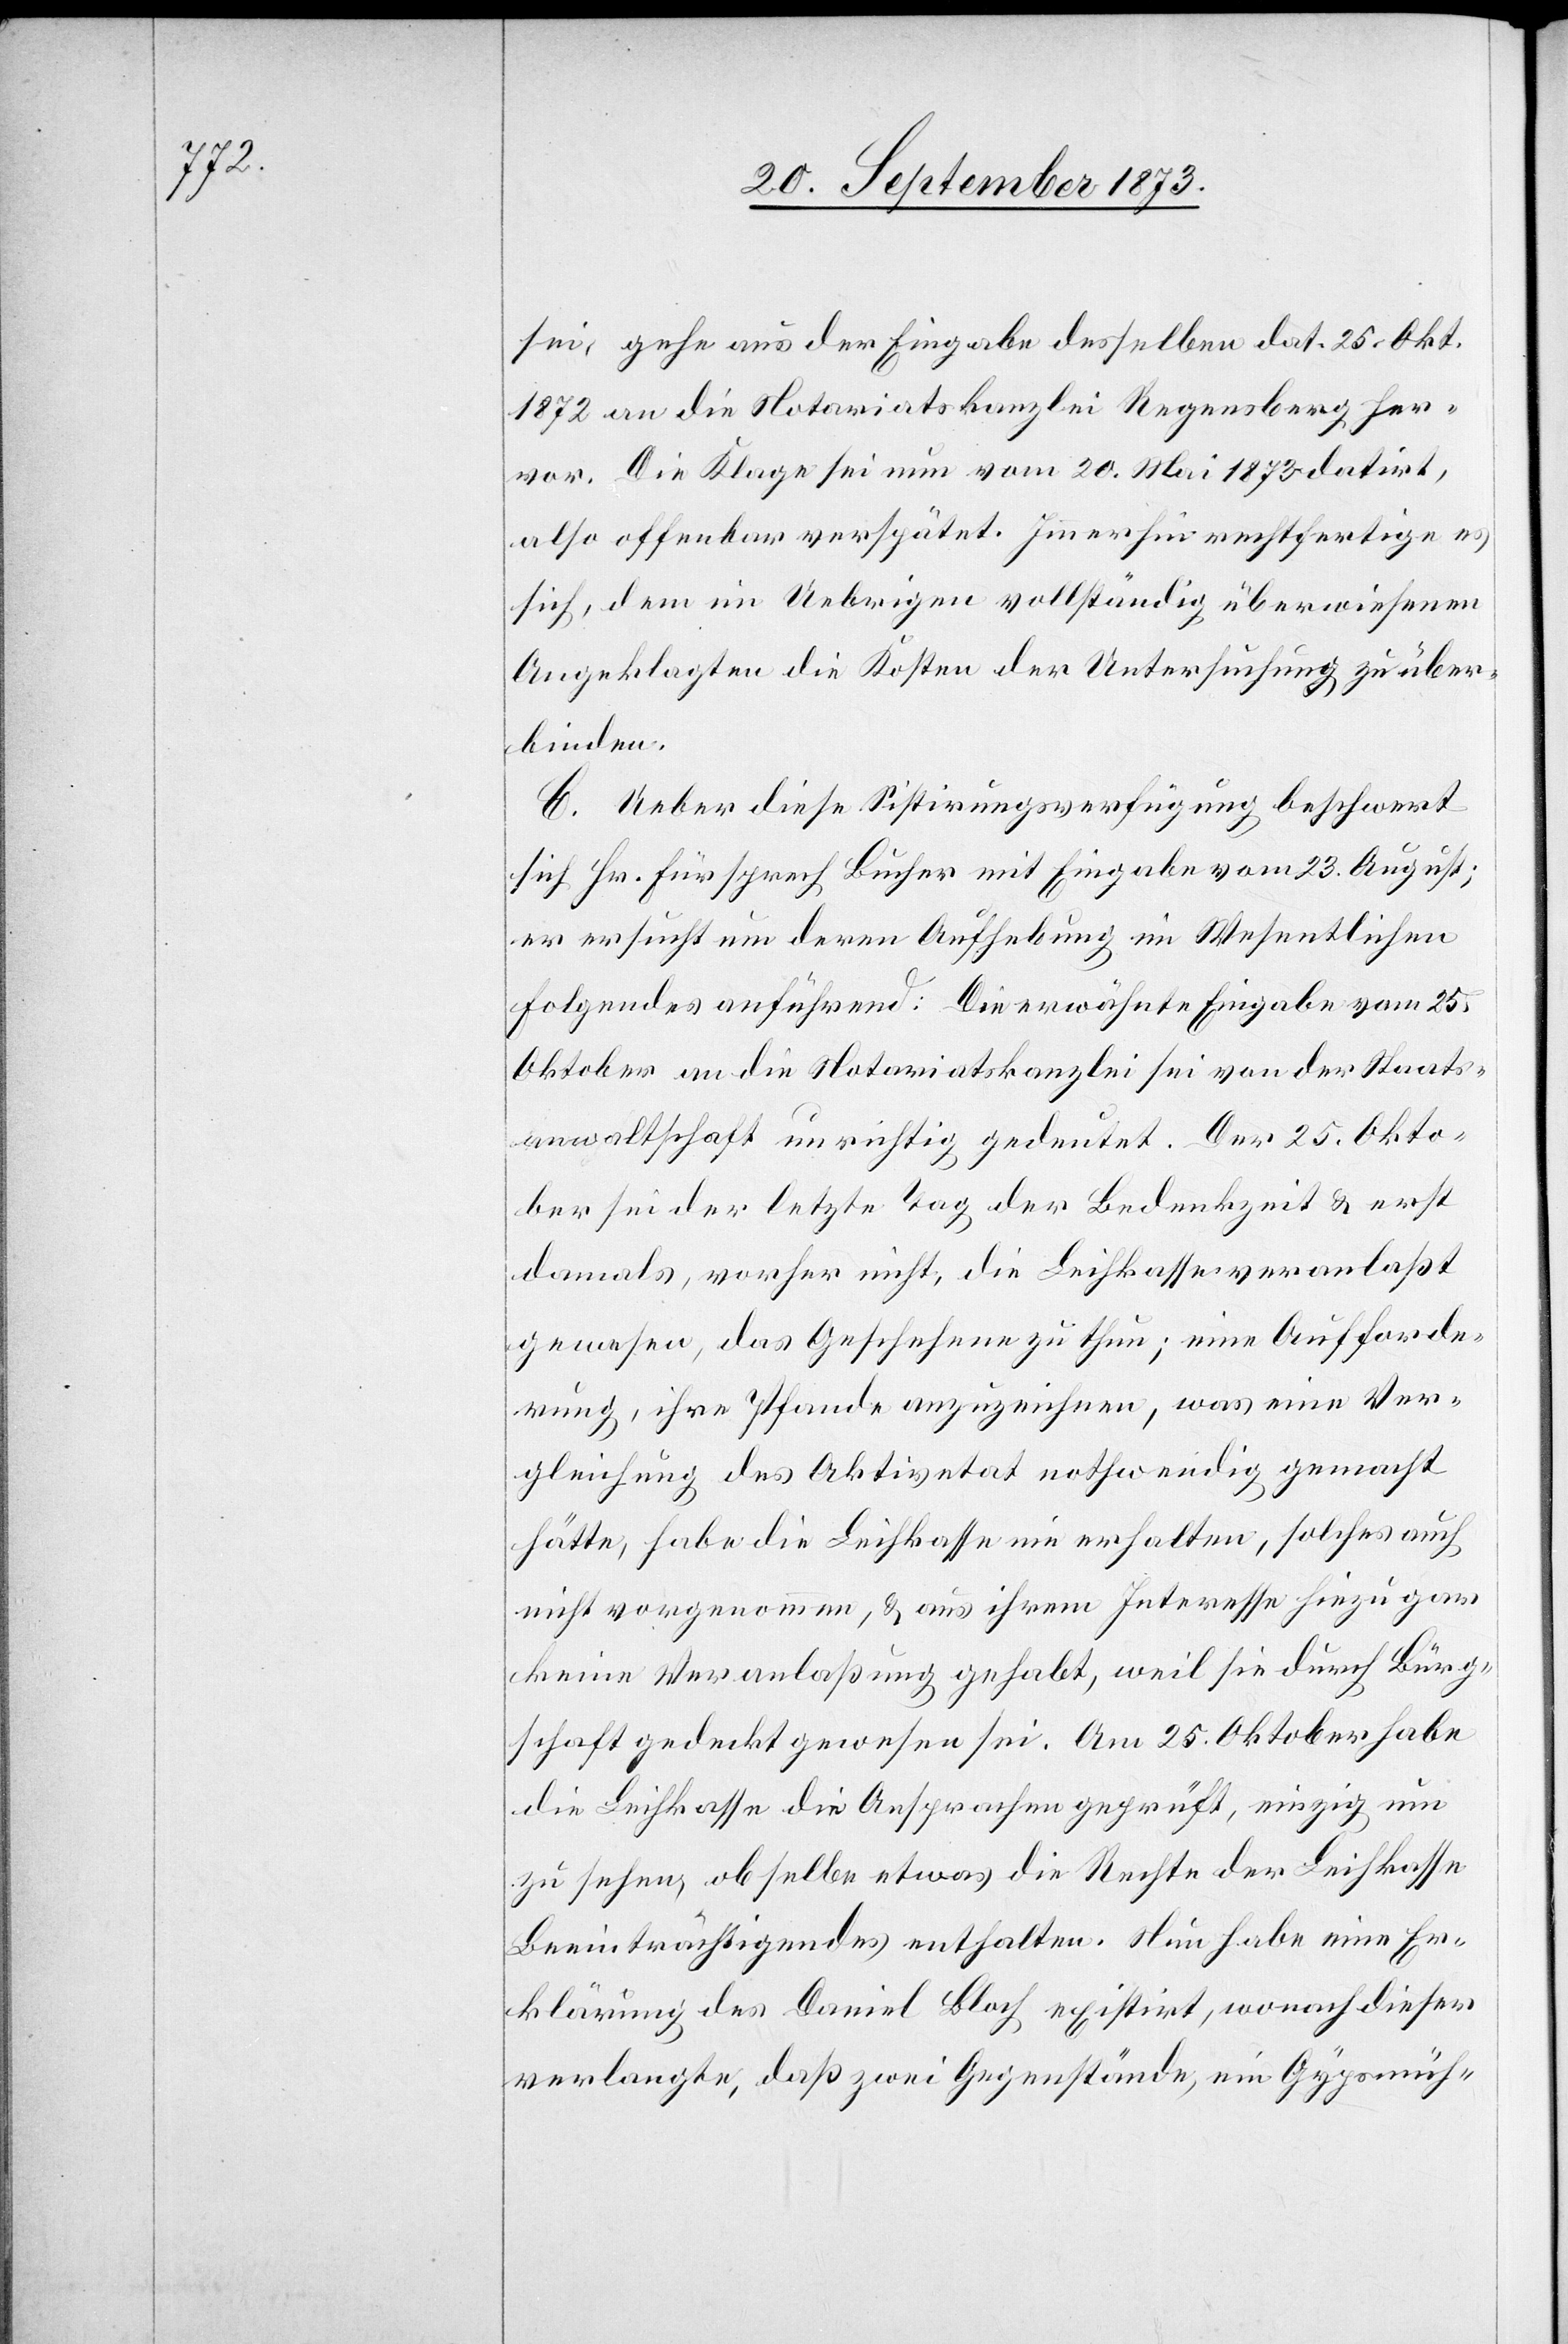
sei, gehe aus der Eingabe desselben dat. 25. Okt.
1872 an die Notariatskanzlei Regensberg her¬
vor. Die Klage sei nun vom 20. Mai 1873 datirt,
also offenbar verspätet. Immerhin rechtfertige es
sich, dem im Uebrigen vollständig überwiesenen
Angeklagten die Kosten der Untersuchung zu über¬
binden.
C. Ueber diese Sistirungsverfügung beschwert
sich Hr. Fürsprech Bucher mit Eingabe vom 23. August;
er ersucht um deren Aufhebung im Wesentlichen
Folgendes anführend: Die erwähnte Eingabe vom 25.
Oktober an die Notariatskanzlei sei von der Staats¬
anwaltschaft unrichtig gedeutet. Der 25. Okto¬
ber sei der letzte Tag der Bedenkzeit & erst
damals, vorher nicht, die Leihkasse veranlaßt
gewesen, das Geschehene zu thun; eine Aufforde¬
rung, ihre Pfande anzuzeichnen, was eine Ver¬
gleichung des Aktivetat nothwendig gemacht
hätte, habe die Leihkasse nie erhalten, solches auch
nicht vorgenommen, & aus ihrem Interesse hiezu gar
keine Veranlaßung gehabt, weil sie durch Bürg¬
schaft gedeckt gewesen sei. Am 25. Oktober habe
die Leihkasse die Ansprachen geprüft, einzig um
zu sehen, ob selbe etwas die Rechte der Leihkasse
Beeinträchtigendes enthalten. Nun habe eine Er¬
klärung des Daniel Bloch existirt, wonach dieser
verlangte, daß zwei Gegenstände, ein Gypsmüh-